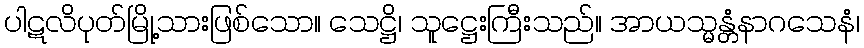
ပါဋလိပုတ်မြို့သားဖြစ်သော။ သေဋ္ဌိ၊ သူဋ္ဌေးကြီးသည်။ အာယသ္မန္တံနာဂသေနံ၊